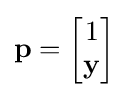
\mathbf {p} ={\begin{bmatrix}1\\\mathbf {y} \\\end{bmatrix}}